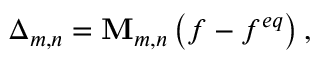
{ \boldsymbol { \Delta } } _ { m , n } = { \bf { M } } _ { m , n } \left( { f - { f ^ { e q } } } \right) ,